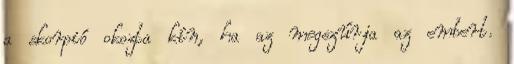
a skorpió okozta kín, ha az megszúrja az embert.